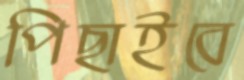
পিছাইবে